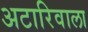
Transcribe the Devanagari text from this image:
अटारिवाला